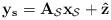
LaTeX: \begin{align*}\mathbf{y_s}=\mathbf{A}_{\mathcal{S}}\mathbf{x}_{\mathcal{S}}+\mathbf{\hat{z}}\end{align*}